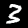
Digit: 3